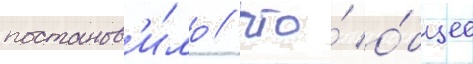
постанов'и́ло / что́ о́бщее